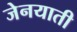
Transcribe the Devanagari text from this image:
जेनयाती